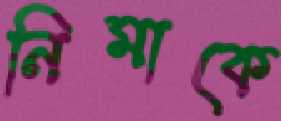
নিমাকে